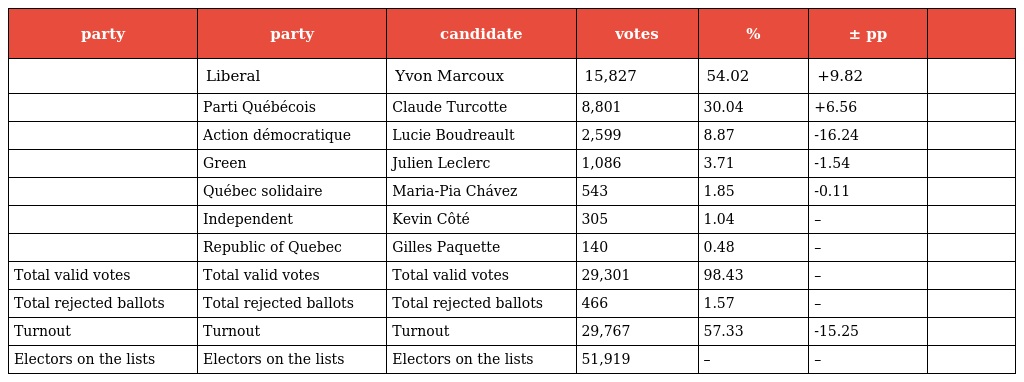
| party | party | candidate | votes | % | ± pp |  |
 | --- | --- | --- | --- | --- | --- | --- |
 |  | Liberal | Yvon Marcoux | 15,827 | 54.02 | +9.82 |  |
 |  | Parti Québécois | Claude Turcotte | 8,801 | 30.04 | +6.56 |  |
 |  | Action démocratique | Lucie Boudreault | 2,599 | 8.87 | -16.24 |  |
 |  | Green | Julien Leclerc | 1,086 | 3.71 | -1.54 |  |
 |  | Québec solidaire | Maria-Pia Chávez | 543 | 1.85 | -0.11 |  |
 |  | Independent | Kevin Côté | 305 | 1.04 | – |  |
 |  | Republic of Quebec | Gilles Paquette | 140 | 0.48 | – |  |
 | Total valid votes | Total valid votes | Total valid votes | 29,301 | 98.43 | – |  |
 | Total rejected ballots | Total rejected ballots | Total rejected ballots | 466 | 1.57 | – |  |
 | Turnout | Turnout | Turnout | 29,767 | 57.33 | -15.25 |  |
 | Electors on the lists | Electors on the lists | Electors on the lists | 51,919 | – | – |  |